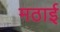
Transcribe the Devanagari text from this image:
मठाई